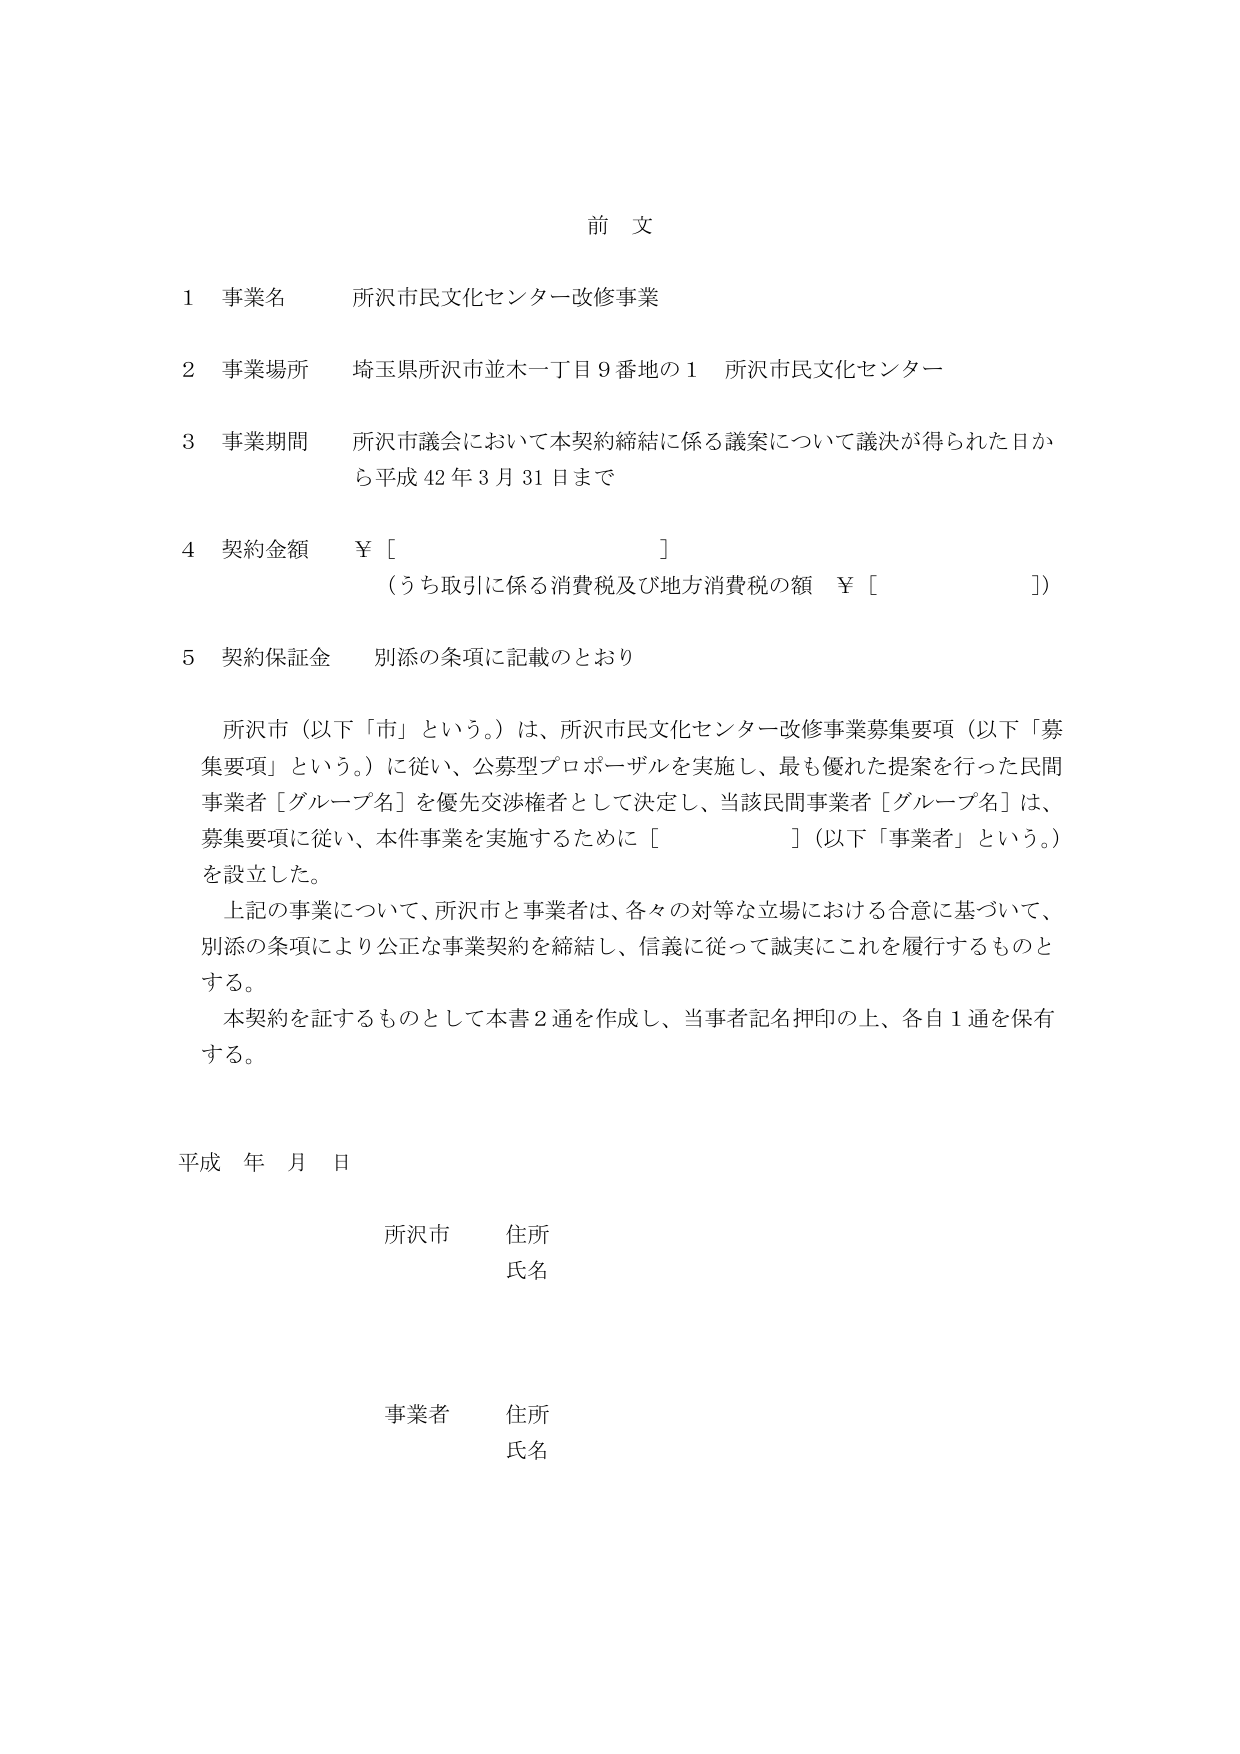
前 文

1 事業名 所沢市民文化センター改修事業

2 事業場所 埼玉県所沢市並木一丁目9番地の1 所沢市民文化センター

3 事業期間 所沢市議会において本契約締結に係る議案について議決が得られた日から平成42年3月31日まで

4 契約金額 ￥［　　　　　　　　　　　　　］
（うち取引に係る消費税及び地方消費税の額 ￥［　　　　　　　　　　　］）

5 契約保証金 別添の条項に記載のとおり

所沢市（以下「市」という。）は、所沢市民文化センター改修事業募集要項（以下「募集要項」という。）に従い、公募型プロポーザルを実施し、最も優れた提案を行った民間事業者［グループ名］を優先交渉権者として決定し、当該民間事業者［グループ名］は、募集要項に従い、本件事業を実施するために［　　　　　　　　　　　　　］（以下「事業者」という。）を設立した。

上記の事業について、所沢市と事業者は、各々の対等な立場における合意に基づいて、別添の条項により公正な事業契約を締結し、信義に従って誠実にこれを履行するものとする。

本契約を証するものとして本書2通を作成し、当事者記名押印の上、各自1通を保有する。

平成 年 月 日

所沢市 住所
　　　　氏名

事業者 住所
　　　　氏名